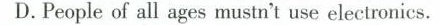
D. People of all ages mustn't use electronics.